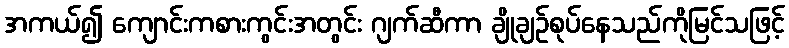
အကယ်၍ ကျောင်းကစားကွင်းအတွင်း ဂျက်ဆီကာ ချိုချဉ်စုပ်နေသည်ကိုမြင်သဖြင့်